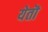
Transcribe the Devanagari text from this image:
येतॊ